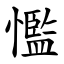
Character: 懢